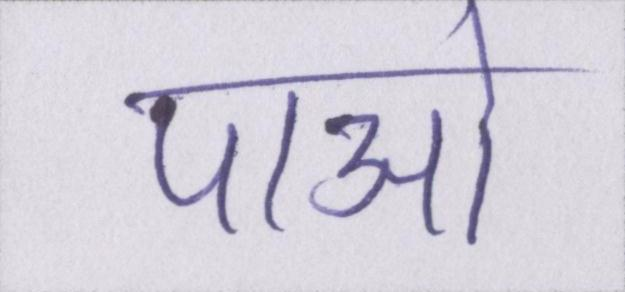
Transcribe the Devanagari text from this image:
पाओ